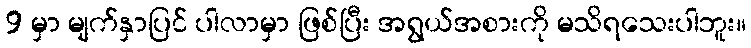
9 မှာ မျက်နှာပြင် ပါလာမှာ ဖြစ်ပြီး အရွယ်အစားကို မသိရသေးပါဘူး။